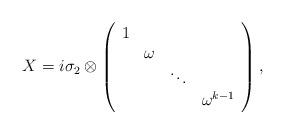
LaTeX: \begin{align*}X = i\sigma_{2} \otimes \left( \begin{array}{cccc}1 & & &\\ & \omega & &\\ & & \ddots &\\ & & &\omega^{k-1}\end{array} \right),\end{align*}